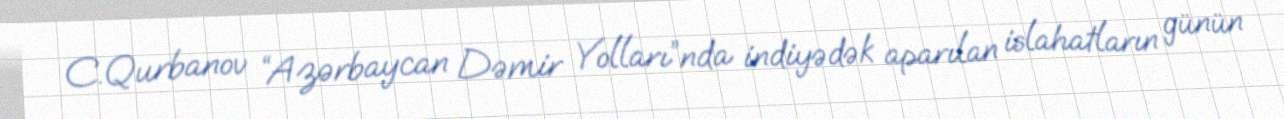
C.Qurbanov “Azərbaycan Dəmir Yolları”nda indiyədək aparılan islahatların günün